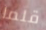
قلما